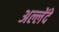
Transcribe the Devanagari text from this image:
अल्लेंदे